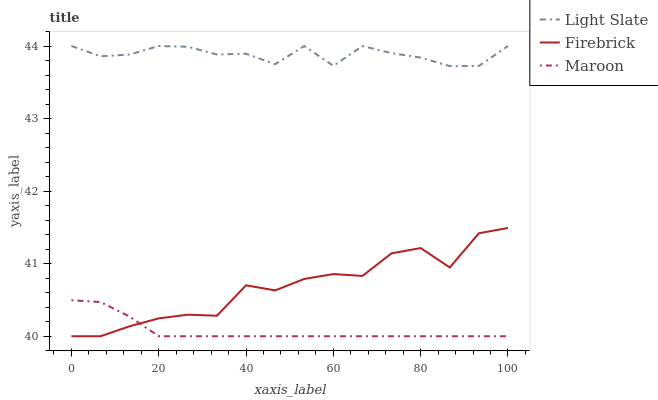
| xaxis_label | Light Slate | Firebrick | Maroon |
 | --- | --- | --- | --- |
 | 0 | 44 | 40 | 40.5 |
 | 6.67 | 43.9 | 40 | 40.5 |
 | 13.3 | 43.9 | 40.1 | 40.3 |
 | 20 | 44 | 40.2 | 40 |
 | 26.7 | 44 | 40.3 | 40 |
 | 33.3 | 43.9 | 40.3 | 40 |
 | 40 | 43.9 | 40.7 | 40 |
 | 46.7 | 43.7 | 40.6 | 40 |
 | 53.3 | 44 | 40.8 | 40 |
 | 60 | 43.7 | 40.9 | 40 |
 | 66.7 | 44 | 40.8 | 40 |
 | 73.3 | 43.9 | 41.1 | 40 |
 | 80 | 43.8 | 41.2 | 40 |
 | 86.7 | 43.7 | 40.9 | 40 |
 | 93.3 | 43.7 | 41.4 | 40 |
 | 100 | 44 | 41.5 | 40 |